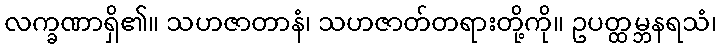
လက္ခဏာရှိ၏။ သဟဇာတာနံ၊ သဟဇာတ်တရားတို့ကို။ ဥပတ္ထမ္ဘနရသံ၊